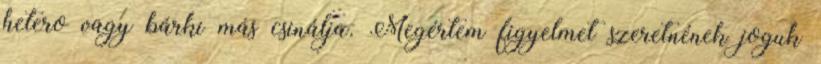
hetero vagy bárki más csinálja. Megértem figyelmet szeretnének joguk